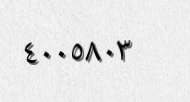
٤٠٠٥٨٠٣